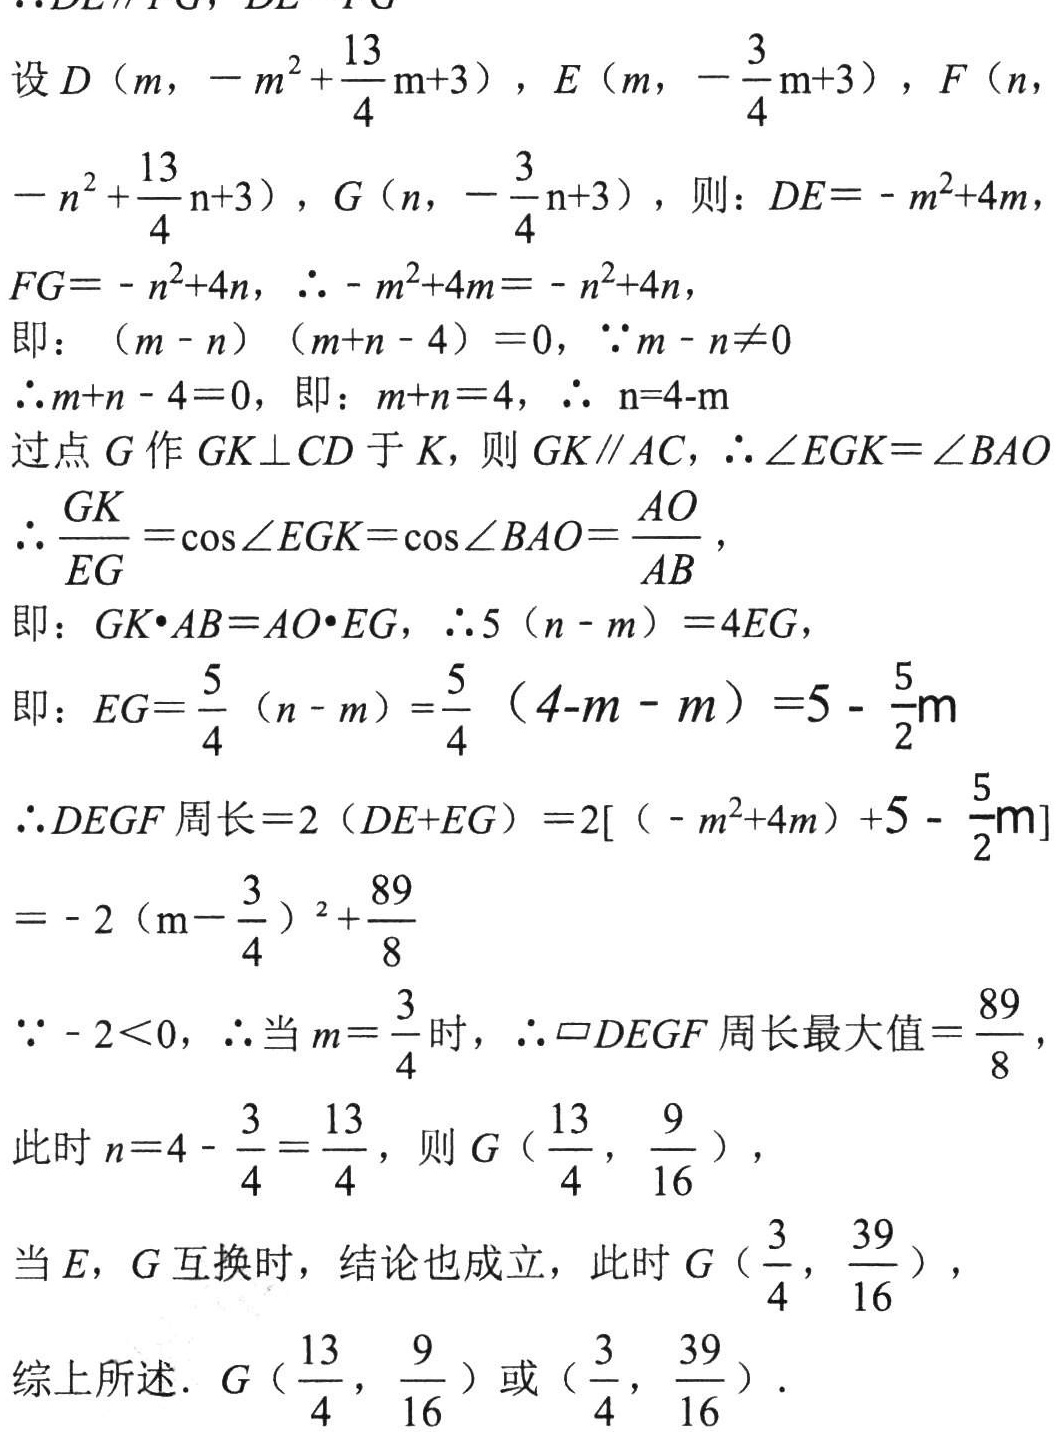
设\(D\left(m,-m^{2}+\frac{13}{4}m + 3\right)\)，\(E\left(m,-\frac{3}{4}m + 3\right)\)，\(F\left(n,-n^{2}+\frac{13}{4}n + 3\right)\)，\(G\left(n,-\frac{3}{4}n + 3\right)\)，则：\(DE=-m^{2}+4m\)，\(FG=-n^{2}+4n\)，\(\therefore -m^{2}+4m=-n^{2}+4n\)，
即：\((m - n)(m + n - 4)=0\)，\(\because m - n\neq0\)
\(\therefore m + n - 4 = 0\)，即：\(m + n = 4\)，\(\therefore n = 4 - m\)
过点\(G\)作\(GK\perp CD\)于\(K\)，则\(GK\parallel AC\)，\(\therefore\angle EGK=\angle BAO\)
\(\therefore\frac{GK}{EG}=\cos\angle EGK=\cos\angle BAO=\frac{AO}{AB}\)，
即：\(GK\cdot AB = AO\cdot EG\)，\(\therefore5(n - m)=4EG\)，
即：\(EG=\frac{5}{4}(n - m)=\frac{5}{4}(4 - m - m)=5-\frac{5}{2}m\)
\(\therefore DEGF\)周长\(=2(DE + EG)=2[(-m^{2}+4m)+5-\frac{5}{2}m]\)
\(=-2\left(m-\frac{3}{4}\right)^{2}+\frac{89}{8}\)
\(\because - 2\lt0\)，\(\therefore\)当\(m = \frac{3}{4}\)时，\(\therefore\square DEGF\)周长最大值\(=\frac{89}{8}\)，
此时\(n = 4-\frac{3}{4}=\frac{13}{4}\)，则\(G\left(\frac{13}{4},\frac{9}{16}\right)\)，
当\(E\)，\(G\)互换时，结论也成立，此时\(G\left(\frac{3}{4},\frac{39}{16}\right)\)，
综上所述．\(G\left(\frac{13}{4},\frac{9}{16}\right)\)或\(\left(\frac{3}{4},\frac{39}{16}\right)\)．